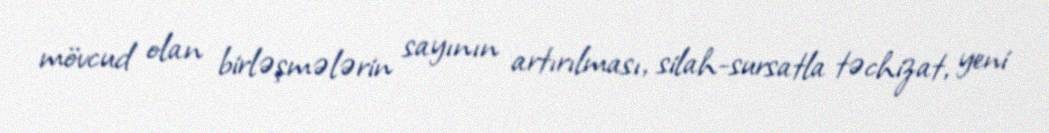
mövcud olan birləşmələrin sayının artırılması, silah-sursatla təchizat, yeni